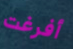
أفرغت